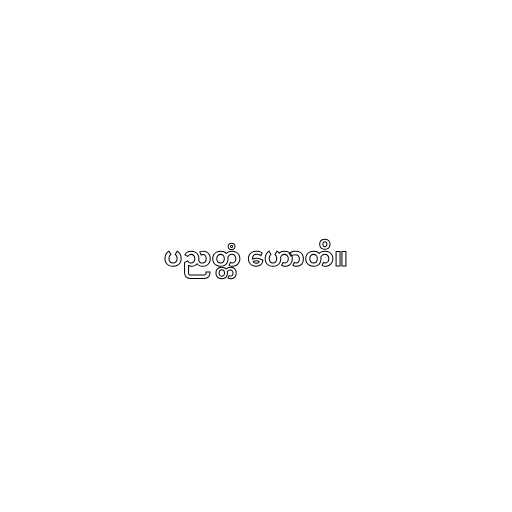
ပညတ္တံ ဟောတိ။